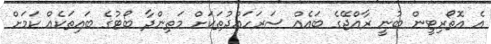
އެ އޮތޯރިޓީން ބުނީ ރާއްޖޭގެ ބައެއް ސަރަހައްދުތަކަށް މަތިންދާ ބޯޓުގެ ބައިތަކެއް ކަމަށް